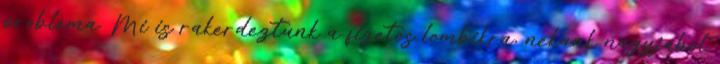
problema. Mi is rakerdeztunk a fizetos lombikra, nekunk nagyjabol